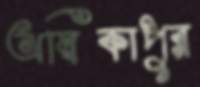
অম্বিকাপুর